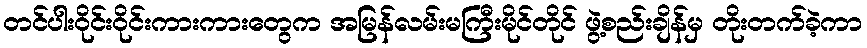
တင်ပါးဝိုင်းဝိုင်းကားကားတွေက အမြန်လမ်းမကြီးမိုင်တိုင် ဖွဲ့စည်းချိန်မှ တိုးတက်ခဲ့ကာ